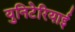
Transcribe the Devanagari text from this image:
युनिटेरियाई